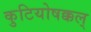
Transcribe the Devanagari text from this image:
कुटियोषक्कल्